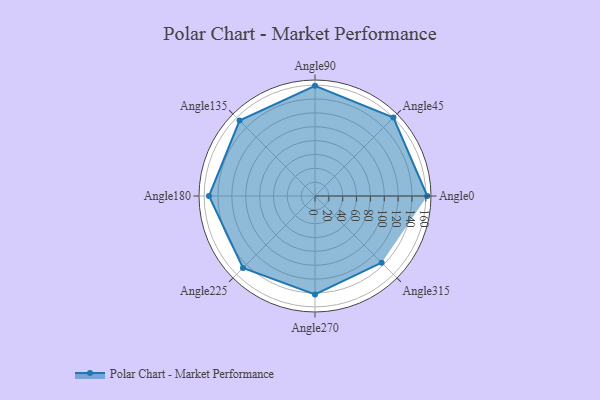
{"axis": {"x": "Angle", "y": "Radius"}, "legend": [""], "data": [{"x": "Angle0", "y": 162.0, "type": ""}, {"x": "Angle45", "y": 160.0, "type": ""}, {"x": "Angle90", "y": 159.0, "type": ""}, {"x": "Angle135", "y": 154.0, "type": ""}, {"x": "Angle180", "y": 153.0, "type": ""}, {"x": "Angle225", "y": 147.0, "type": ""}, {"x": "Angle270", "y": 142.0, "type": ""}, {"x": "Angle315", "y": 136.0, "type": ""}]}